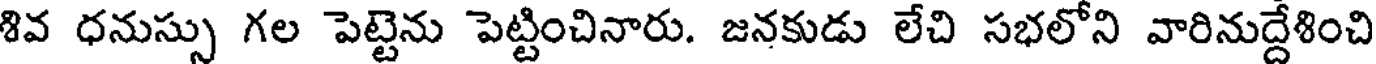
శివ ధనుస్సు గల పెట్టెను పెట్టించినారు. జనకుడు లేచి సభలోని వారినుద్దేశించి